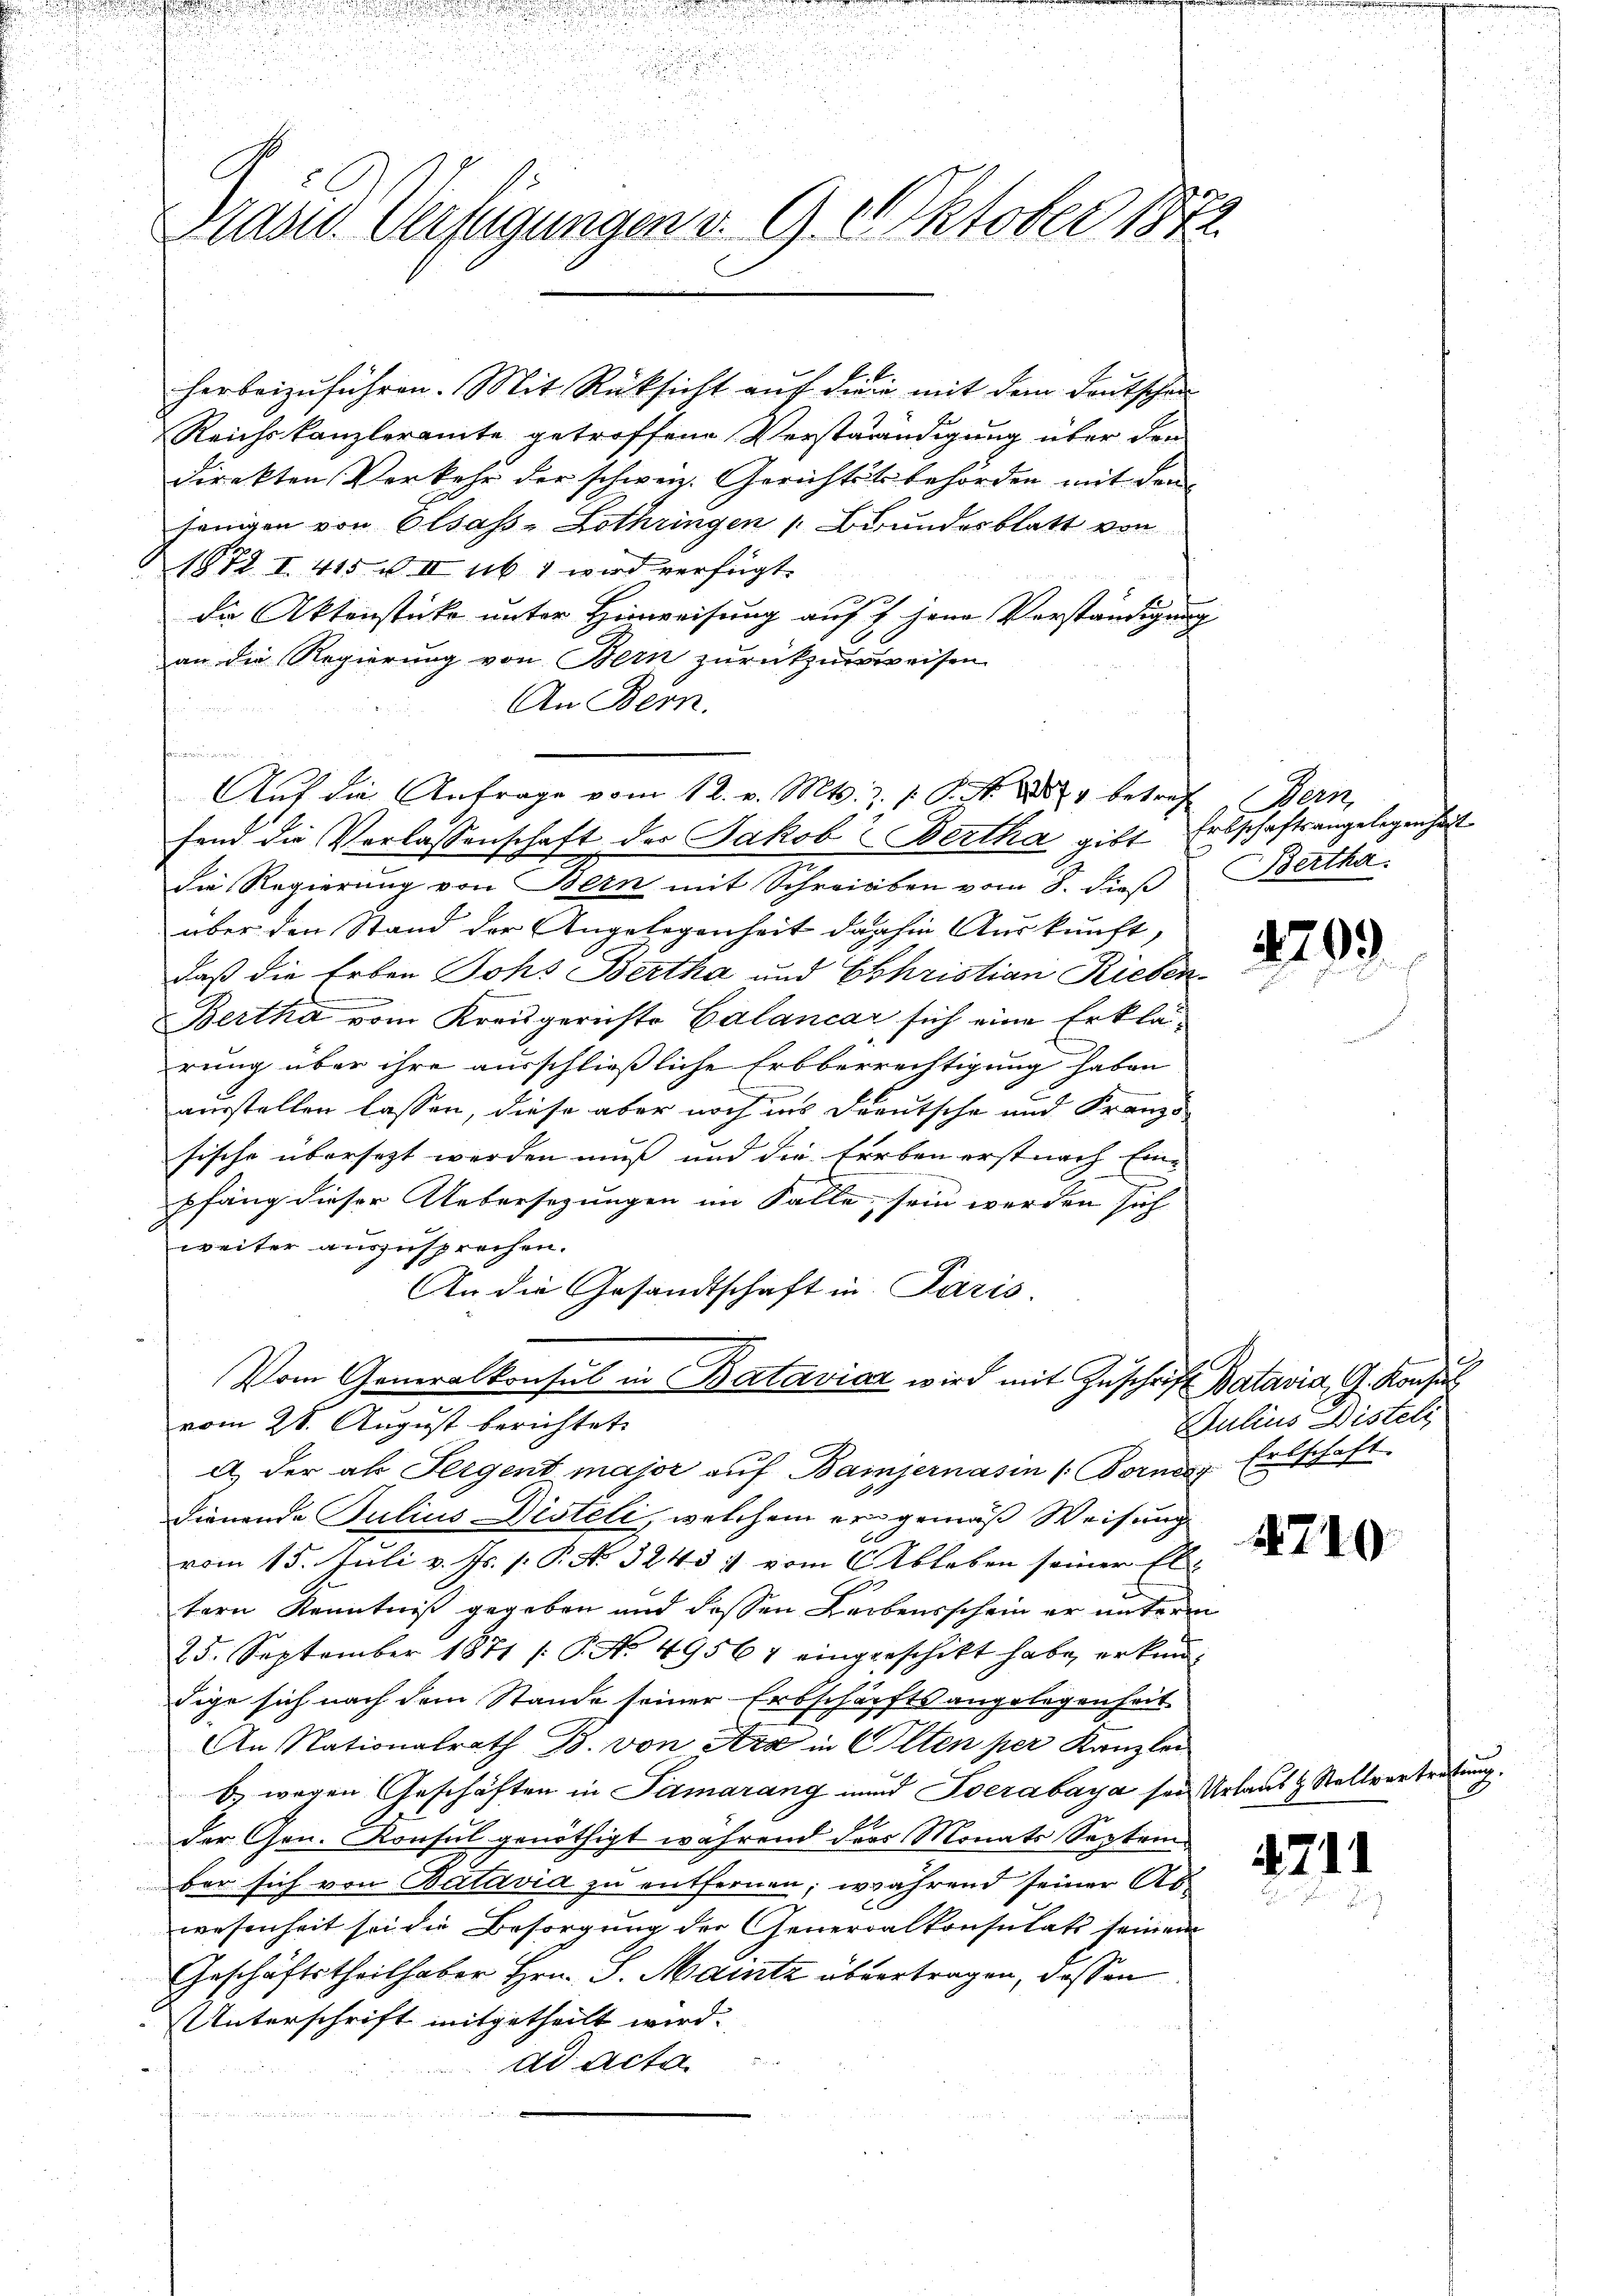
Brasid. Verfügungen v. 9. Oktober 1872.

E
Reichskanzleramte getroffene Verständigung über den
direkten Verkehr der schweiz. Gerichtstr behörden mit dem
jenigen von Elsass-Lothringen Brundesblatt von
1872 I. 415 u. III ub & wird verfügt:
di Aktenstücke unter Hinweisung auf 7 jene Verständigung
an die Regierung von Bern zurückzuweisen
An Bern.
ten
fend die Verlassenschaft der Jakob Bertha gibt
die Regierung von Bern mit Schreiben vom 8. dieß
über den Stand der Angelegenheit dahin Auskunft,
daß die Erben Johs Bertha und Christian Rieben¬
.
Bertha vom Kreisgerichte Calancar sich eine Erklärung über ihre ausschließliche Erbberrechtigung haben
.
ausstellen lassen, diese aber noch ins Deutsche und Franz
sische übersezt werden muß und die Farben erst nach Einpfang dieser Uebersezungen im Falle, sein werden sich
weiter auszusprechen.
An die Gesandtschaft in Paris.
Vom Generalkonsul in Bataviaz wird mit Zuschrift Batavia, G. Konsul
vom 28. August berichtet,
a. der als Sergent major auf Baiernasin (Fornes Erbschaft
Dienende Julius Disteli, welchem er gemäß Weisung
vom 15. Juli v. Js. v. P. No 3243 :/ vom Ableben seiner El¬
I
tern Kenntniß gegeben und dessen Leibensschein er unterm
25. September 1871 /: P. Nr. 49567 eingerschikt habe, erkun
dige sich nach dem Stande seiner Erbschärfts angelegenheit
An Nationalrath B. von Arx in Olten per Kanzlei
b. wegen Geschäften in Samarang und Socrabaya sei Urlaus & Stellvertreten
der Gen. Konsul genöthigt während das Monats September sich von Batavia zu entfernen; während seiner Ab¬
.
wesenheit sei die Besorgung der Generalkonsulats seinem
Geschäftstheilhaber Hrn. S. Maintz obvertragen, dassen
Unterschrift mitgetheilt wird. |
ad Acta
i

herbeizuführen. Mit Rücksicht auf die in mit dem Deutschen

Aŭf die Anfrage vom 12. v. Mts. z. S. Nr. 1883 betref Bern,

Erbschaftsangelegenheit
Bertha.

4209

Julius Disteli

4710

471.